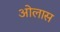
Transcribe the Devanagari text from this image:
ओलास